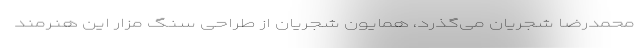
محمدرضا شجریان می‌گذرد، همایون شجریان از طراحی سنگ مزار این هنرمند